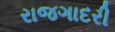
રાજગાદરી